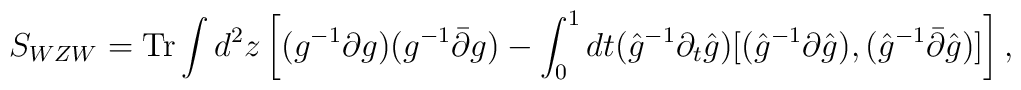
S_{WZW}=\mathrm{Tr}\int d^2z\left[(g^{-1}\partial g)(g^{-1}\bar{\partial}g)-\int_0^1dt(\hat{g}^{-1}\partial_t\hat{g})[(\hat{g}^{-1}\partial\hat{g}),(\hat{g}^{-1}\bar{\partial}\hat{g})]\right],